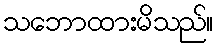
သဘောထားမိသည်။